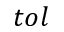
t o l